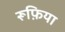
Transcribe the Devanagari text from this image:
रूफ़िया